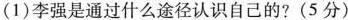
(1)李强是通过什么途径认识自己的?(5分)